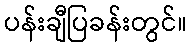
ပန်းချီပြခန်းတွင်။